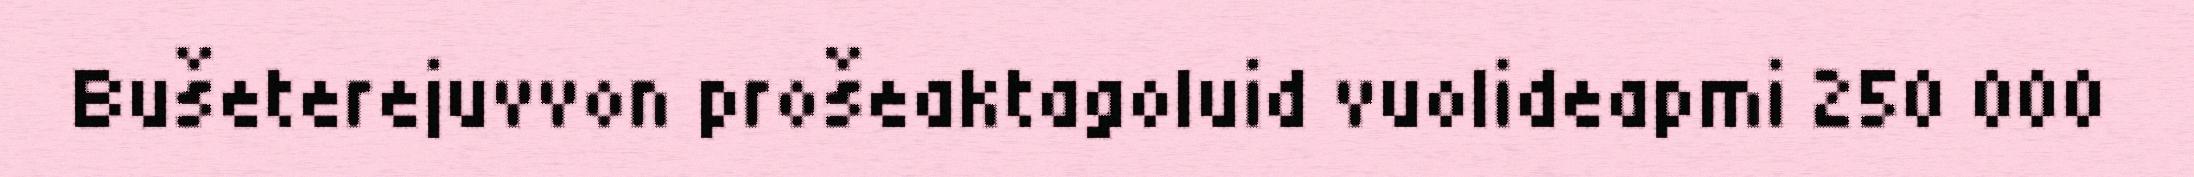
Bušeterejuvvon prošeaktagoluid vuolideapmi 250 000